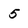
Character: 5